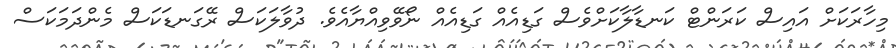
މިހާރަކަށް އައިސް ކަރަންޓް ކަނޑާލާކަށްވެސް ގަޑިއެއް ގަޑިއެއް ނޯވޭވިއްޔާއެވެ. ދުވާލަކަސް ރޭގަނޑަކަސް މެންދަމަކަސް